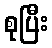
စုပြီး